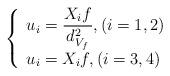
LaTeX: \begin{align*}\left \{\begin{array}{ll}$$\displaystyle u_i=\frac{X_i f}{d_{V_f}^2}, (i=1,2)$$ \\$$u_i=X_i f, (i=3,4)$$\end{array}\right .\end{align*}